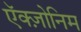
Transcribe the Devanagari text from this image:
ऍक्ज़ोनिम